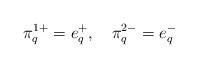
\begin{align*}\pi^{1+}_{q}=e^+_q,\quad\pi^{2-}_{q}=e^-_q\end{align*}